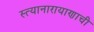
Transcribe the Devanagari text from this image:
स्त्यानारायाणाची